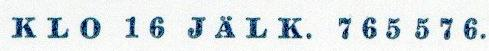
KL0 16 JÄLK. 765576.